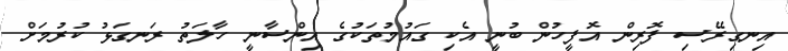
އިނގިރޭސި ފޮރިން އޮފީހުން ބުނީ އެކި ގައުމުތަކުގެ އިންސާނީ ހާލަތު ރަނގަޅު ކުރުމަށް